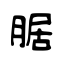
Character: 腒